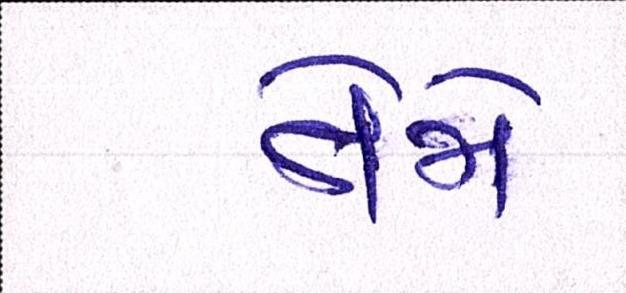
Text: તેમે